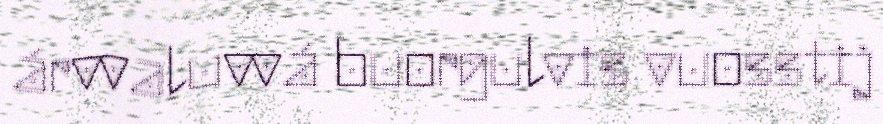
árvvaluvvá buorgulvis vuosstij